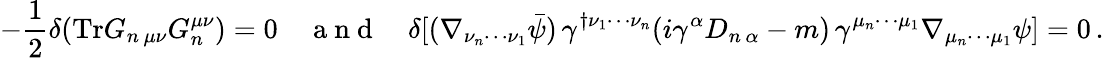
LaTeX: -\frac{1}{2}\delta(\mathrm{Tr}G_{n\, \mu\nu}G_{n}^{\mu\nu})=0\quad\mathrm{~a~n~d~}\quad\delta[(\nabla_{\nu_{n}\cdots\nu_{1}}\bar{\psi})\, \gamma^{\dagger\nu_{1}\cdots\nu_{n}}(i\gamma^{\alpha}D_{n\, \alpha}-m)\, \gamma^{\mu_{n}\cdots\mu_{1}}\nabla_{\mu_{n}\cdots\mu_{1}}\psi]=0\, .